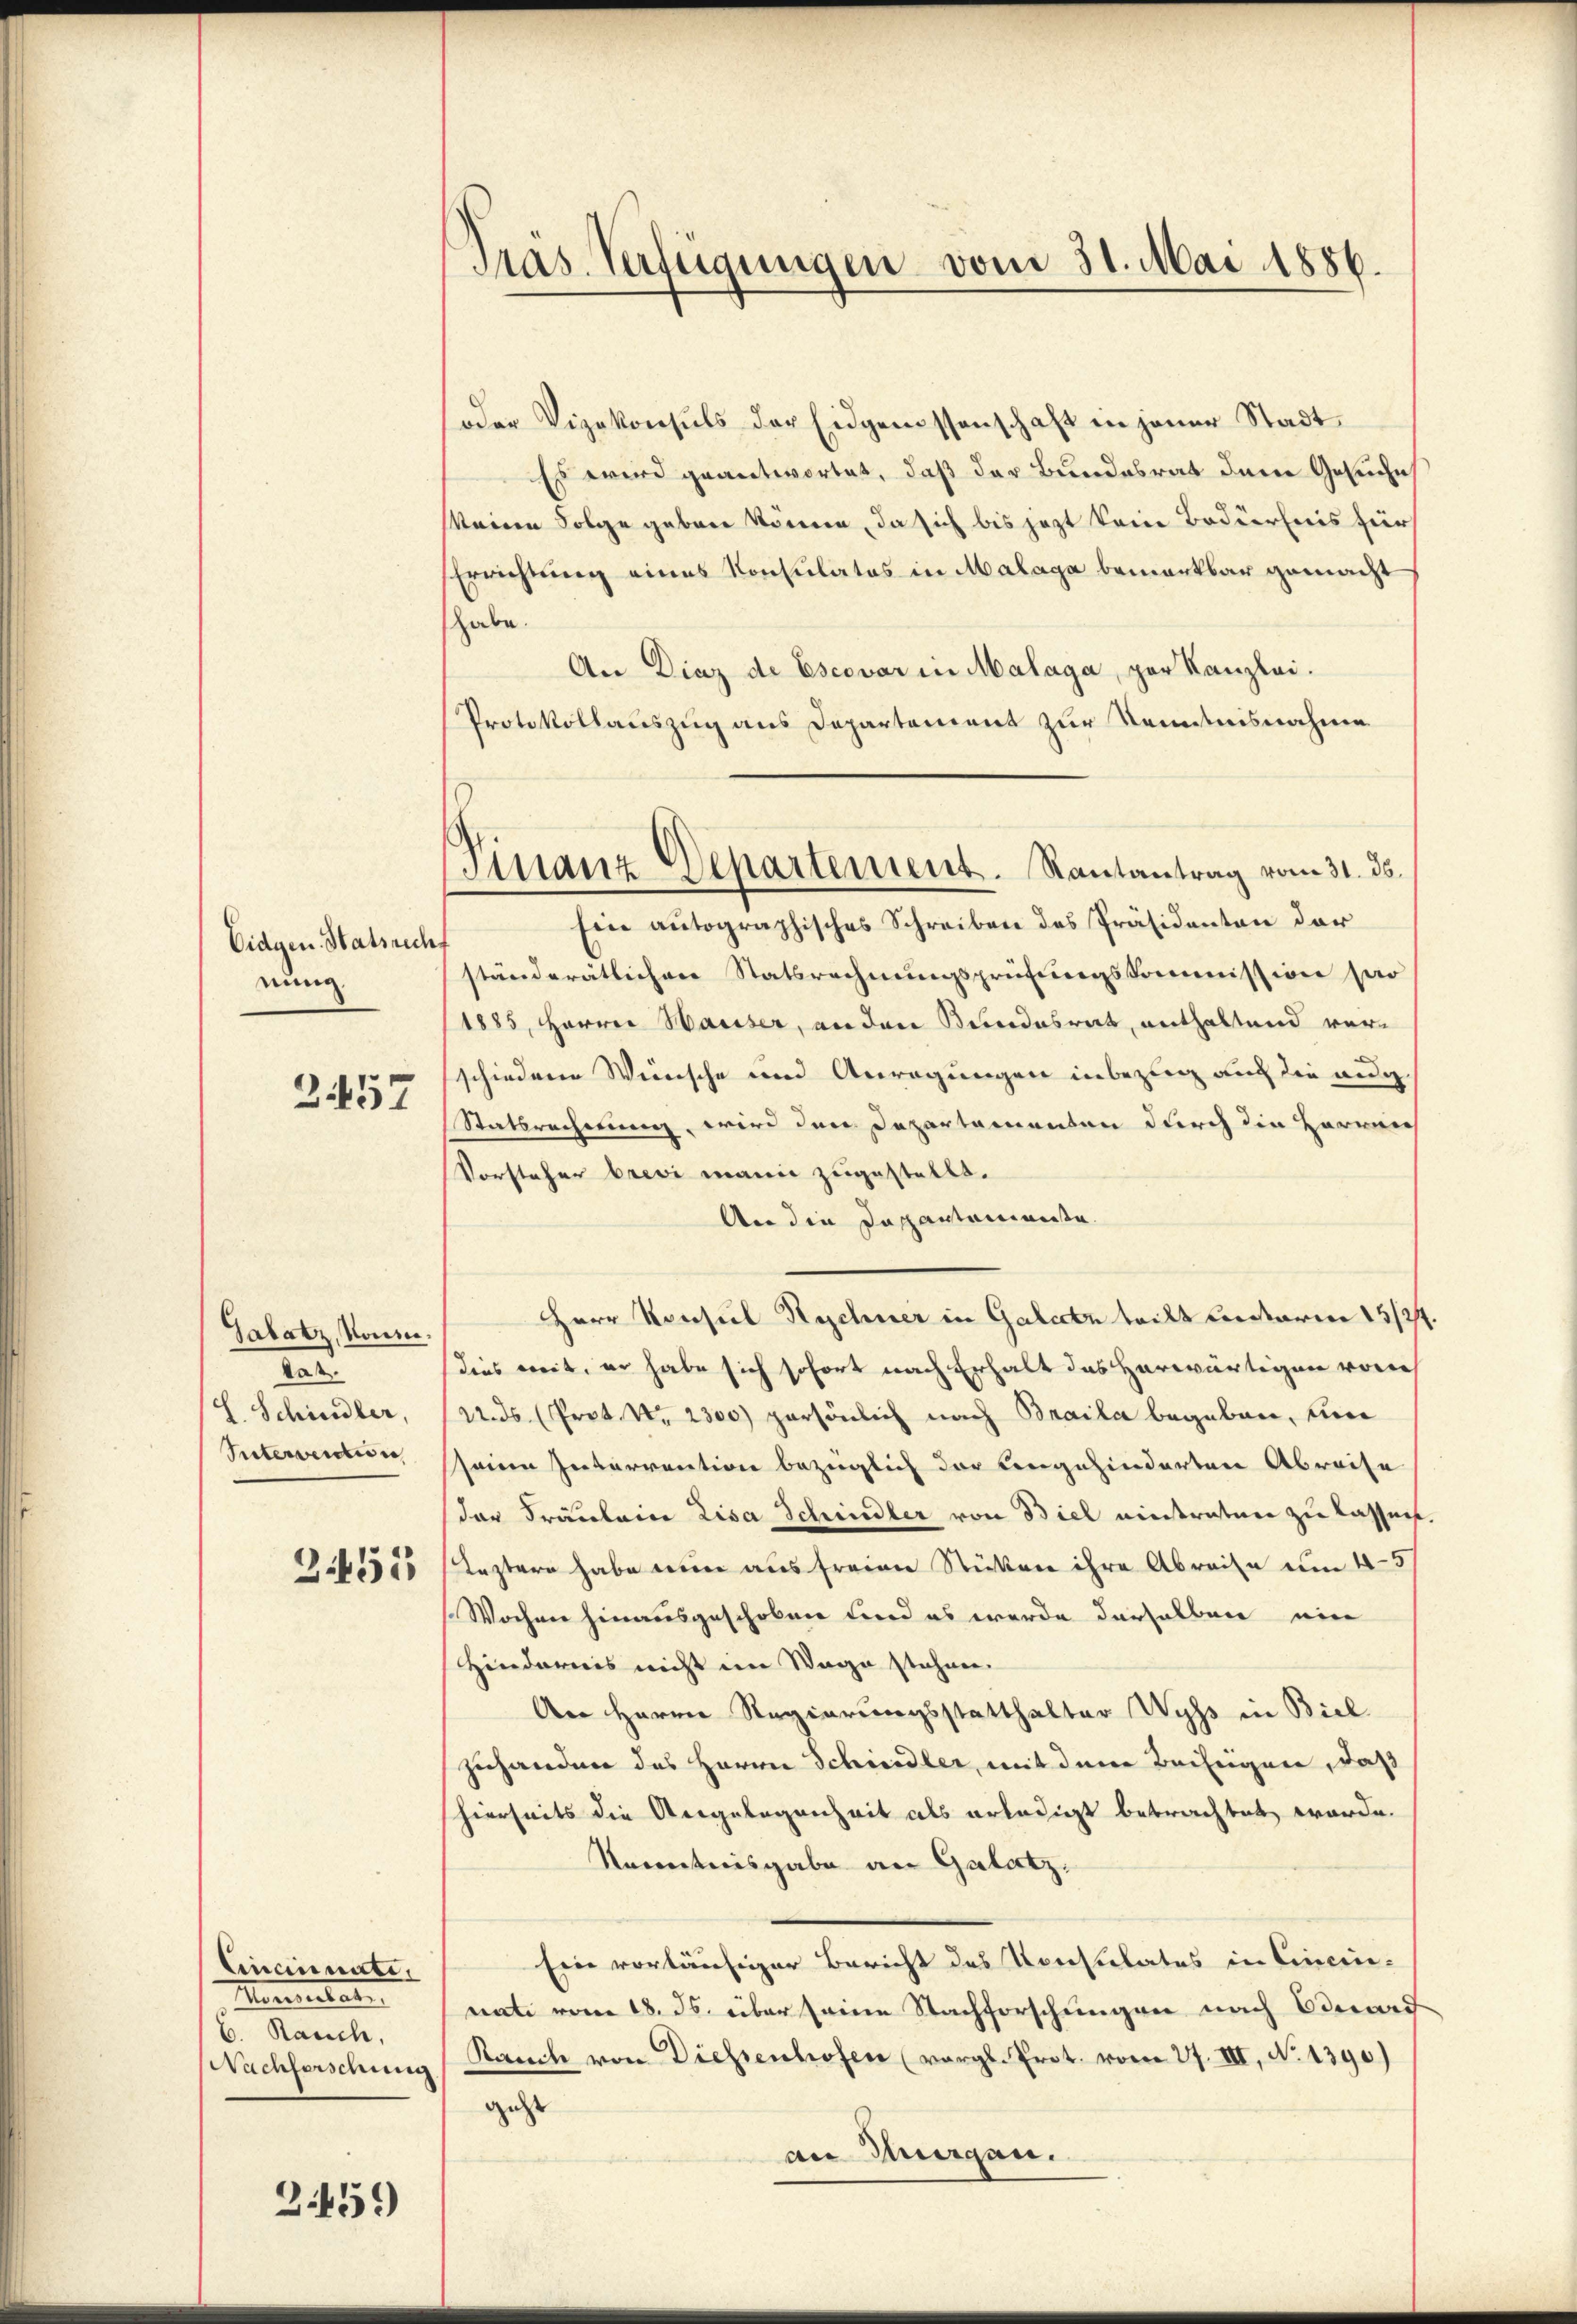
Eidgen. Hatsrech
einig

2457

Galatz, konnar.
H. Schindler,
Suterverdin

2451

Cincinnate,
Meerstat
b. Rauch,
Nachforschung

3459)

Pras Verfügungen vom 31. Mai 1886

Finanz-Departement. Rautantrag vom 31. ds.

oder Vizekonsuls der Eidgenossenschaft in jener Stadt¬
Es wird geantwortet, daß der Bundesrat dem Gesuche
Meine Folge geben können, da sich bis jezt kein Bedürfnis für
Errichtung eines Konsulates in Malaga bemerkbar gemacht
habe.
An Dinz de Escovar in Malaga, par Kanzlei.
Protokollauszug aus Departement zur Kenntnisnahme
Ein autographisches Schreiben des Präsidenten der
ständerätlichen Statsrechnungsprüfungskommission par
1885, Herren Hauser, an den Bundesrat, enthaltend verschiedene Weinsche und Anregungen inbezug auch die aug.
Statsrechnung, wird den Departamenten durch die Herreich
Vorsteher brevi mann zugestellt.
An die Dappartemente.
Herr Konsul Rechner in Galien teilt unterm 15/27.
dies weit, er habe sich sofort nach Erhalt das herwärtigen von
22. ds. (Prot. Nr. 2300) persönlich nach Braila begeben, eine
seine Interrention bezüglich der Angehinderten Abreise
der Fräuleine Lisa Schindler von Biel eintratier zu lassen
Leztern habe wie aus freien Stücken ihre Abreise um 4-5
Wochen hinausgeschoben Ferd es werde derselben ein
Hindernis nicht im Wege stehen.
An Herrn Regierungsstatthalter Wyss in Biel
zuhanden des Herrn Schindler, mit dem Beifügen, daß
hierseits die Angelegenheit als erledigt betrachtet worde.
Kenntnisgabe an Galatz.
Ein vorläufiger Bericht des Konsulates in Cincininati vom 18. ds. über seine Nachforschungen nach Oserd
Rauch von Diessenhofen (vergl. Prot. vom 27. III, No 1390)
gest
an Morgen.